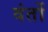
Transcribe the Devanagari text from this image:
वंतों